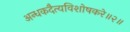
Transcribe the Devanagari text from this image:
अन्धकदैत्यविशोषकरे॥२॥